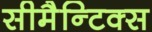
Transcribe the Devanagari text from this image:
सीमैन्टिक्स